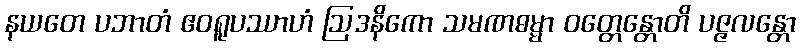
နယတေ ပဘာတံ ဧဝရူပဿာဟံ ဩဒနိကော သမဏဓမ္မာ ဝတ္တေန္တောတိ ပဇ္ဇလန္တော